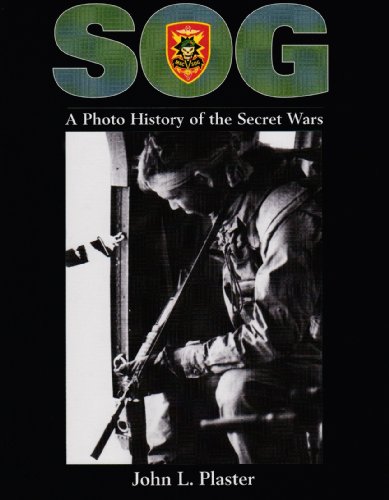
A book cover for SOG: A Photo History Of The Secret Wars; John Plaster; History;